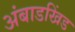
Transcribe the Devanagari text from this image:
अंबाडखिंड